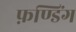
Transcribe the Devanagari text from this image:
फ़ण्डिंग